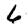
Digit: 6